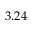
3 . 2 4